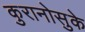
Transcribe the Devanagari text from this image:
कुरानोसुके